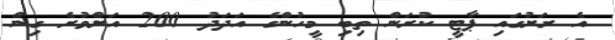
އެ ރަށުގައި ޕާޓީ ކުރަން ތިބި މީހުންގެ އަދަދު 200 އަށްވުރެ ގިން